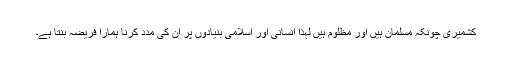
کشمیری چونکہ مسلمان ہیں اور مظلوم ہیں لہذا انسانی اور اسلامی بنیادوں پر ان کی مدد کرنا ہمارا فریضہ بنتا ہے۔